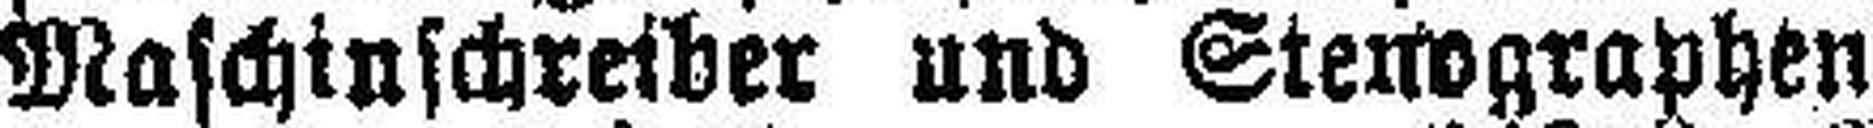
Maschinschreiber und Stenographen